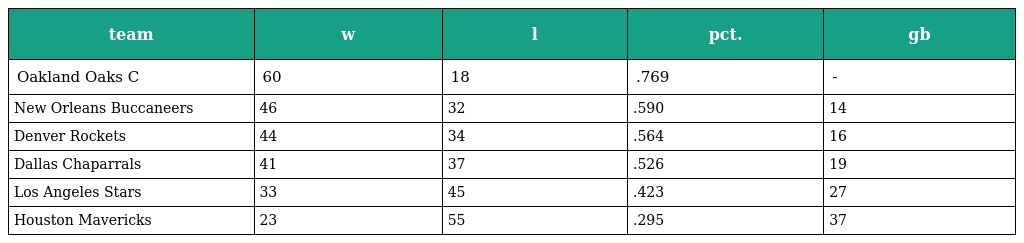
| team | w | l | pct. | gb |
 | --- | --- | --- | --- | --- |
 | Oakland Oaks C | 60 | 18 | .769 | - |
 | New Orleans Buccaneers | 46 | 32 | .590 | 14 |
 | Denver Rockets | 44 | 34 | .564 | 16 |
 | Dallas Chaparrals | 41 | 37 | .526 | 19 |
 | Los Angeles Stars | 33 | 45 | .423 | 27 |
 | Houston Mavericks | 23 | 55 | .295 | 37 |